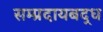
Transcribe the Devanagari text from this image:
सम्प्रदायबद्ध